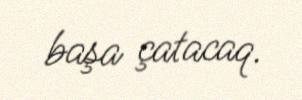
başa çatacaq.